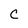
Character: c